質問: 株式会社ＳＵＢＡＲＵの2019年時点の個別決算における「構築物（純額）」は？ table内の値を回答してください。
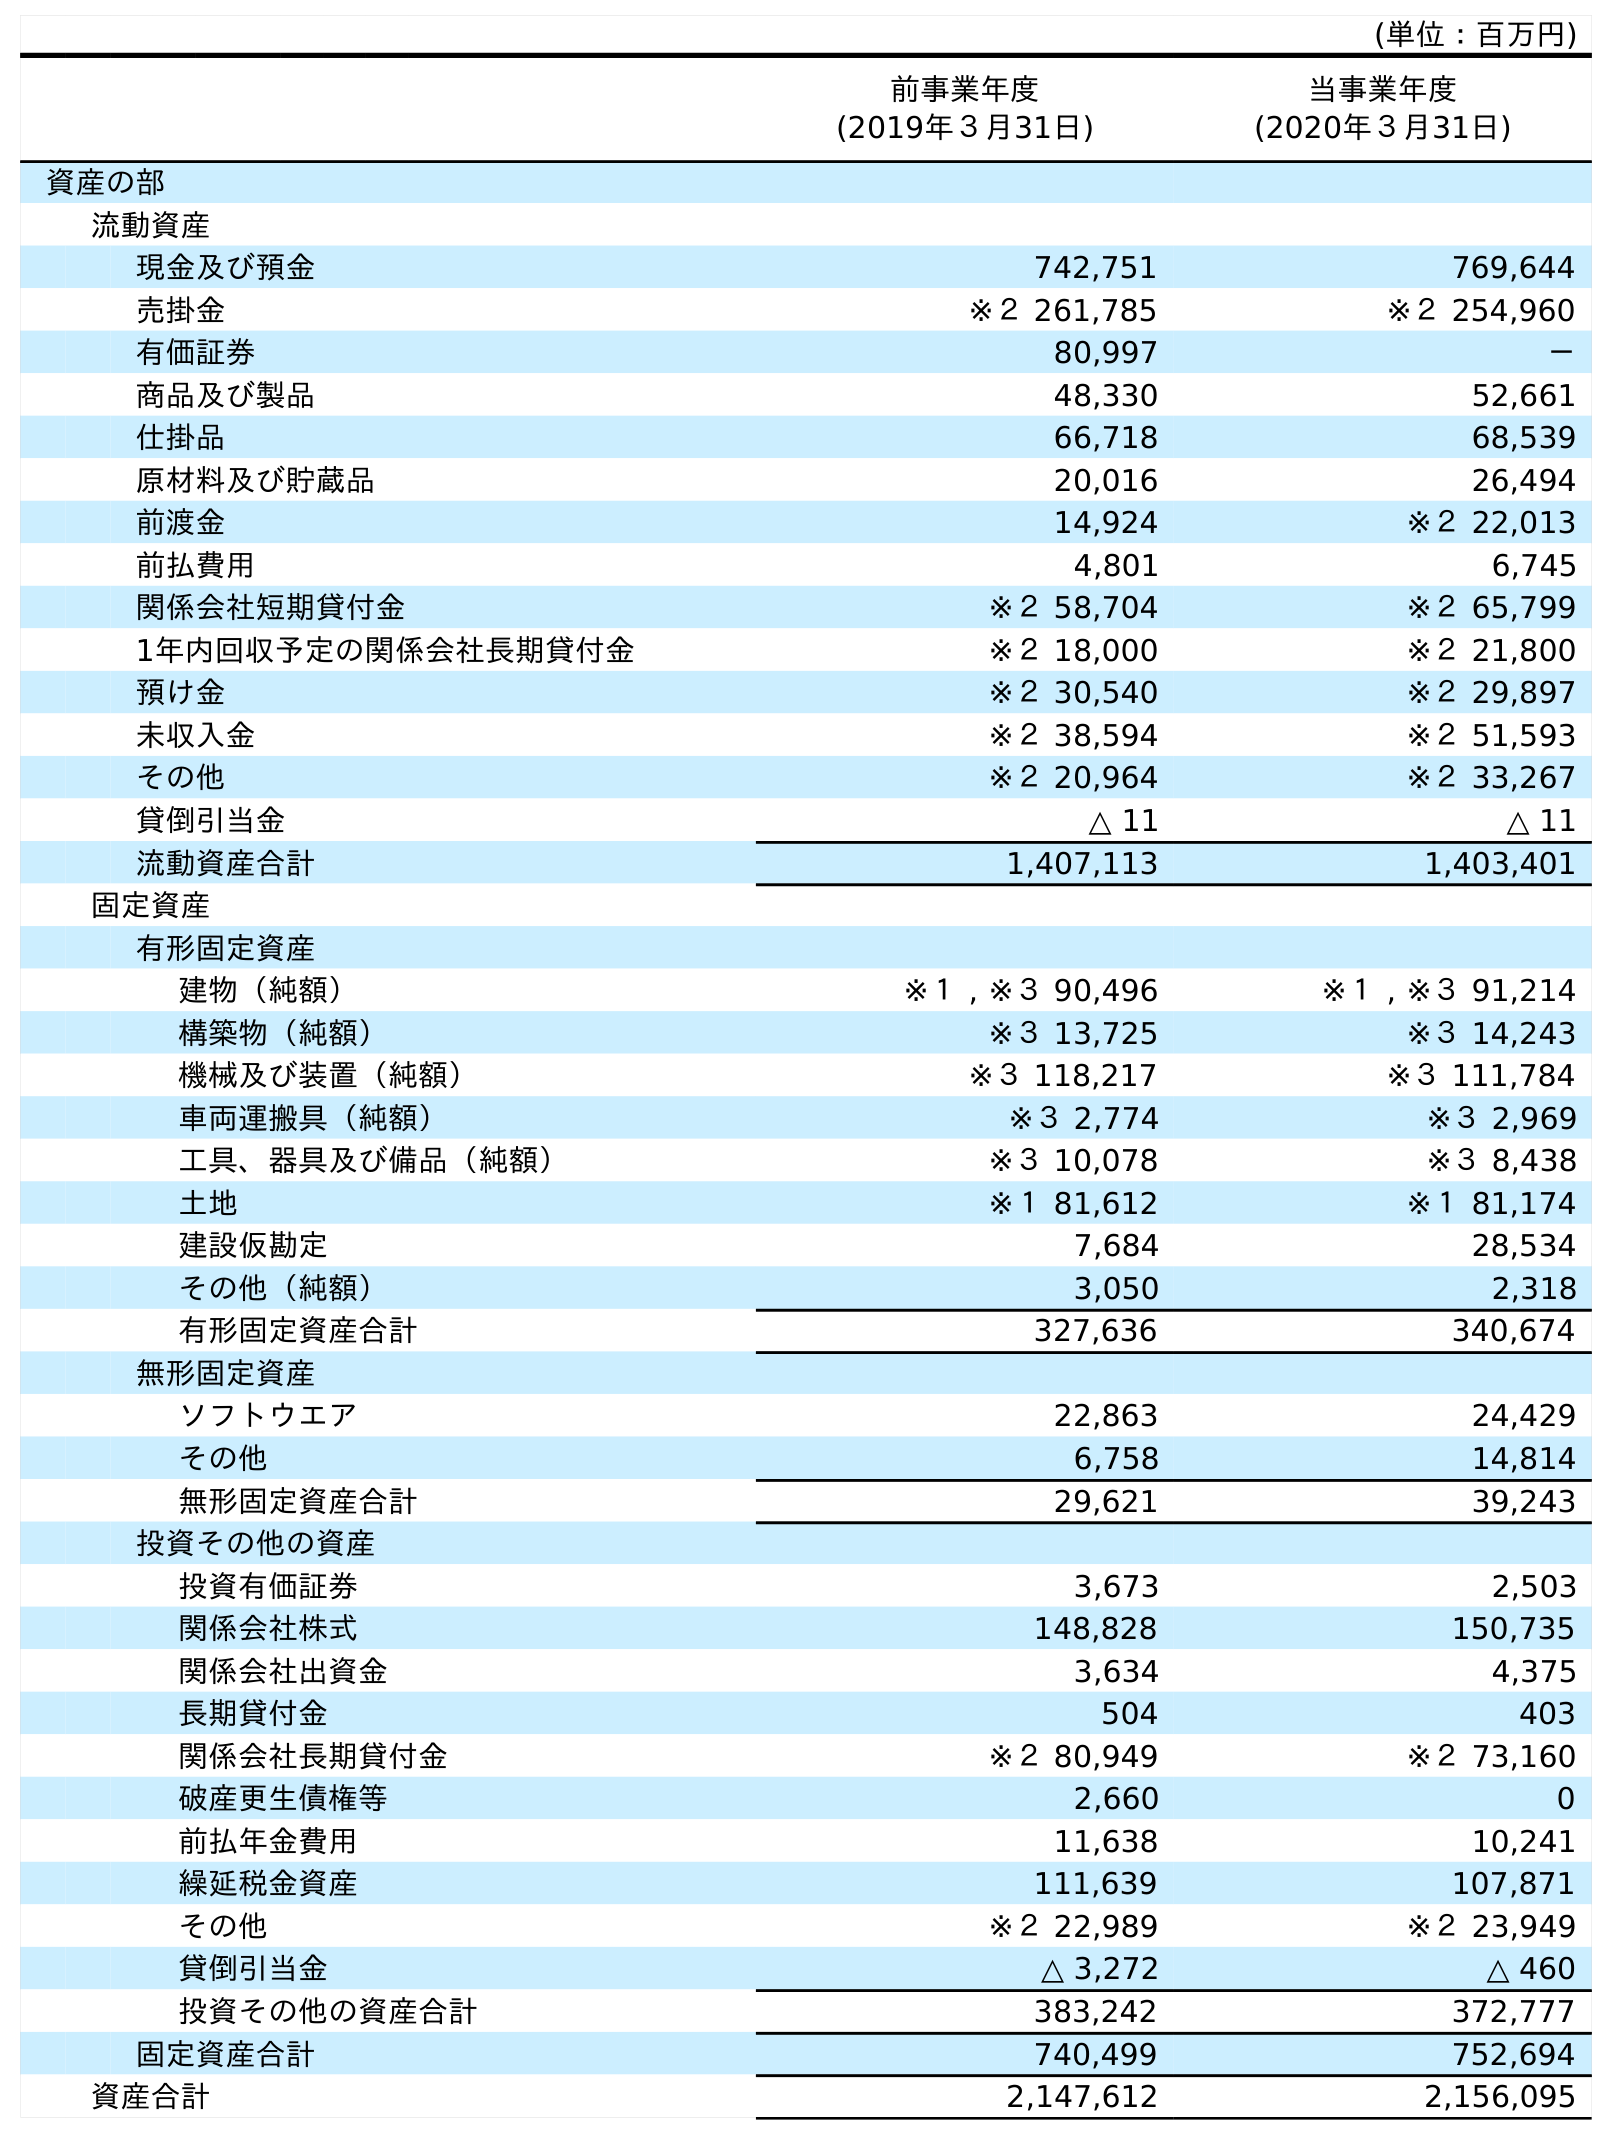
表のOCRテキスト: (単位：百万円) 前事業年度 (2019年３月31日) 当事業年度 (2020年３月31日) 資産の部 流動資産 現金及び預金 742,751 769,644 売掛金 ※２ 261,785 ※２ 254,960 有価証券 80,997 － 商品及び製品 48,330 52,661 仕掛品 66,718 68,539 原材料及び貯蔵品 20,016 26,494 前渡金 14,924 ※２ 22,013 前払費用 4,801 6,745 関係会社短期貸付金 ※２ 58,704 ※２ 65,799 1年内回収予定の関係会社長期貸付金 ※２ 18,000 ※２ 21,800 預け金 ※２ 30,540 ※２ 29,897 未収入金 ※２ 38,594 ※２ 51,593 その他 ※２ 20,964 ※２ 33,267 貸倒引当金 △ 11 △ 11 流動資産合計 1,407,113 1,403,401 固定資産 有形固定資産 建物（純額） ※１ , ※３ 90,496 ※１ , ※３ 91,214 構築物（純額） ※３ 13,725 ※３ 14,243 機械及び装置（純額） ※３ 118,217 ※３ 111,784 車両運搬具（純額） ※３ 2,774 ※３ 2,969 工具、器具及び備品（純額） ※３ 10,078 ※３ 8,438 土地 ※１ 81,612 ※１ 81,174 建設仮勘定 7,684 28,534 その他（純額） 3,050 2,318 有形固定資産合計 327,636 340,674 無形固定資産 ソフトウエア 22,863 24,429 その他 6,758 14,814 無形固定資産合計 29,621 39,243 投資その他の資産 投資有価証券 3,673 2,503 関係会社株式 148,828 150,735 関係会社出資金 3,634 4,375 長期貸付金 504 403 関係会社長期貸付金 ※２ 80,949 ※２ 73,160 破産更生債権等 2,660 0 前払年金費用 11,638 10,241 繰延税金資産 111,639 107,871 その他 ※２ 22,989 ※２ 23,949 貸倒引当金 △ 3,272 △ 460 投資その他の資産合計 383,242 372,777 固定資産合計 740,499 752,694 資産合計 2,147,612 2,156,095
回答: ※３13,725